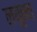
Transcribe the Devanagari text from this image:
लयूनत